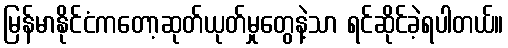
မြန်မာနိုင်ငံကတော့ဆုတ်ယုတ်မှုတွေနဲ့သာ ရင်ဆိုင်ခဲ့ရပါတယ်။